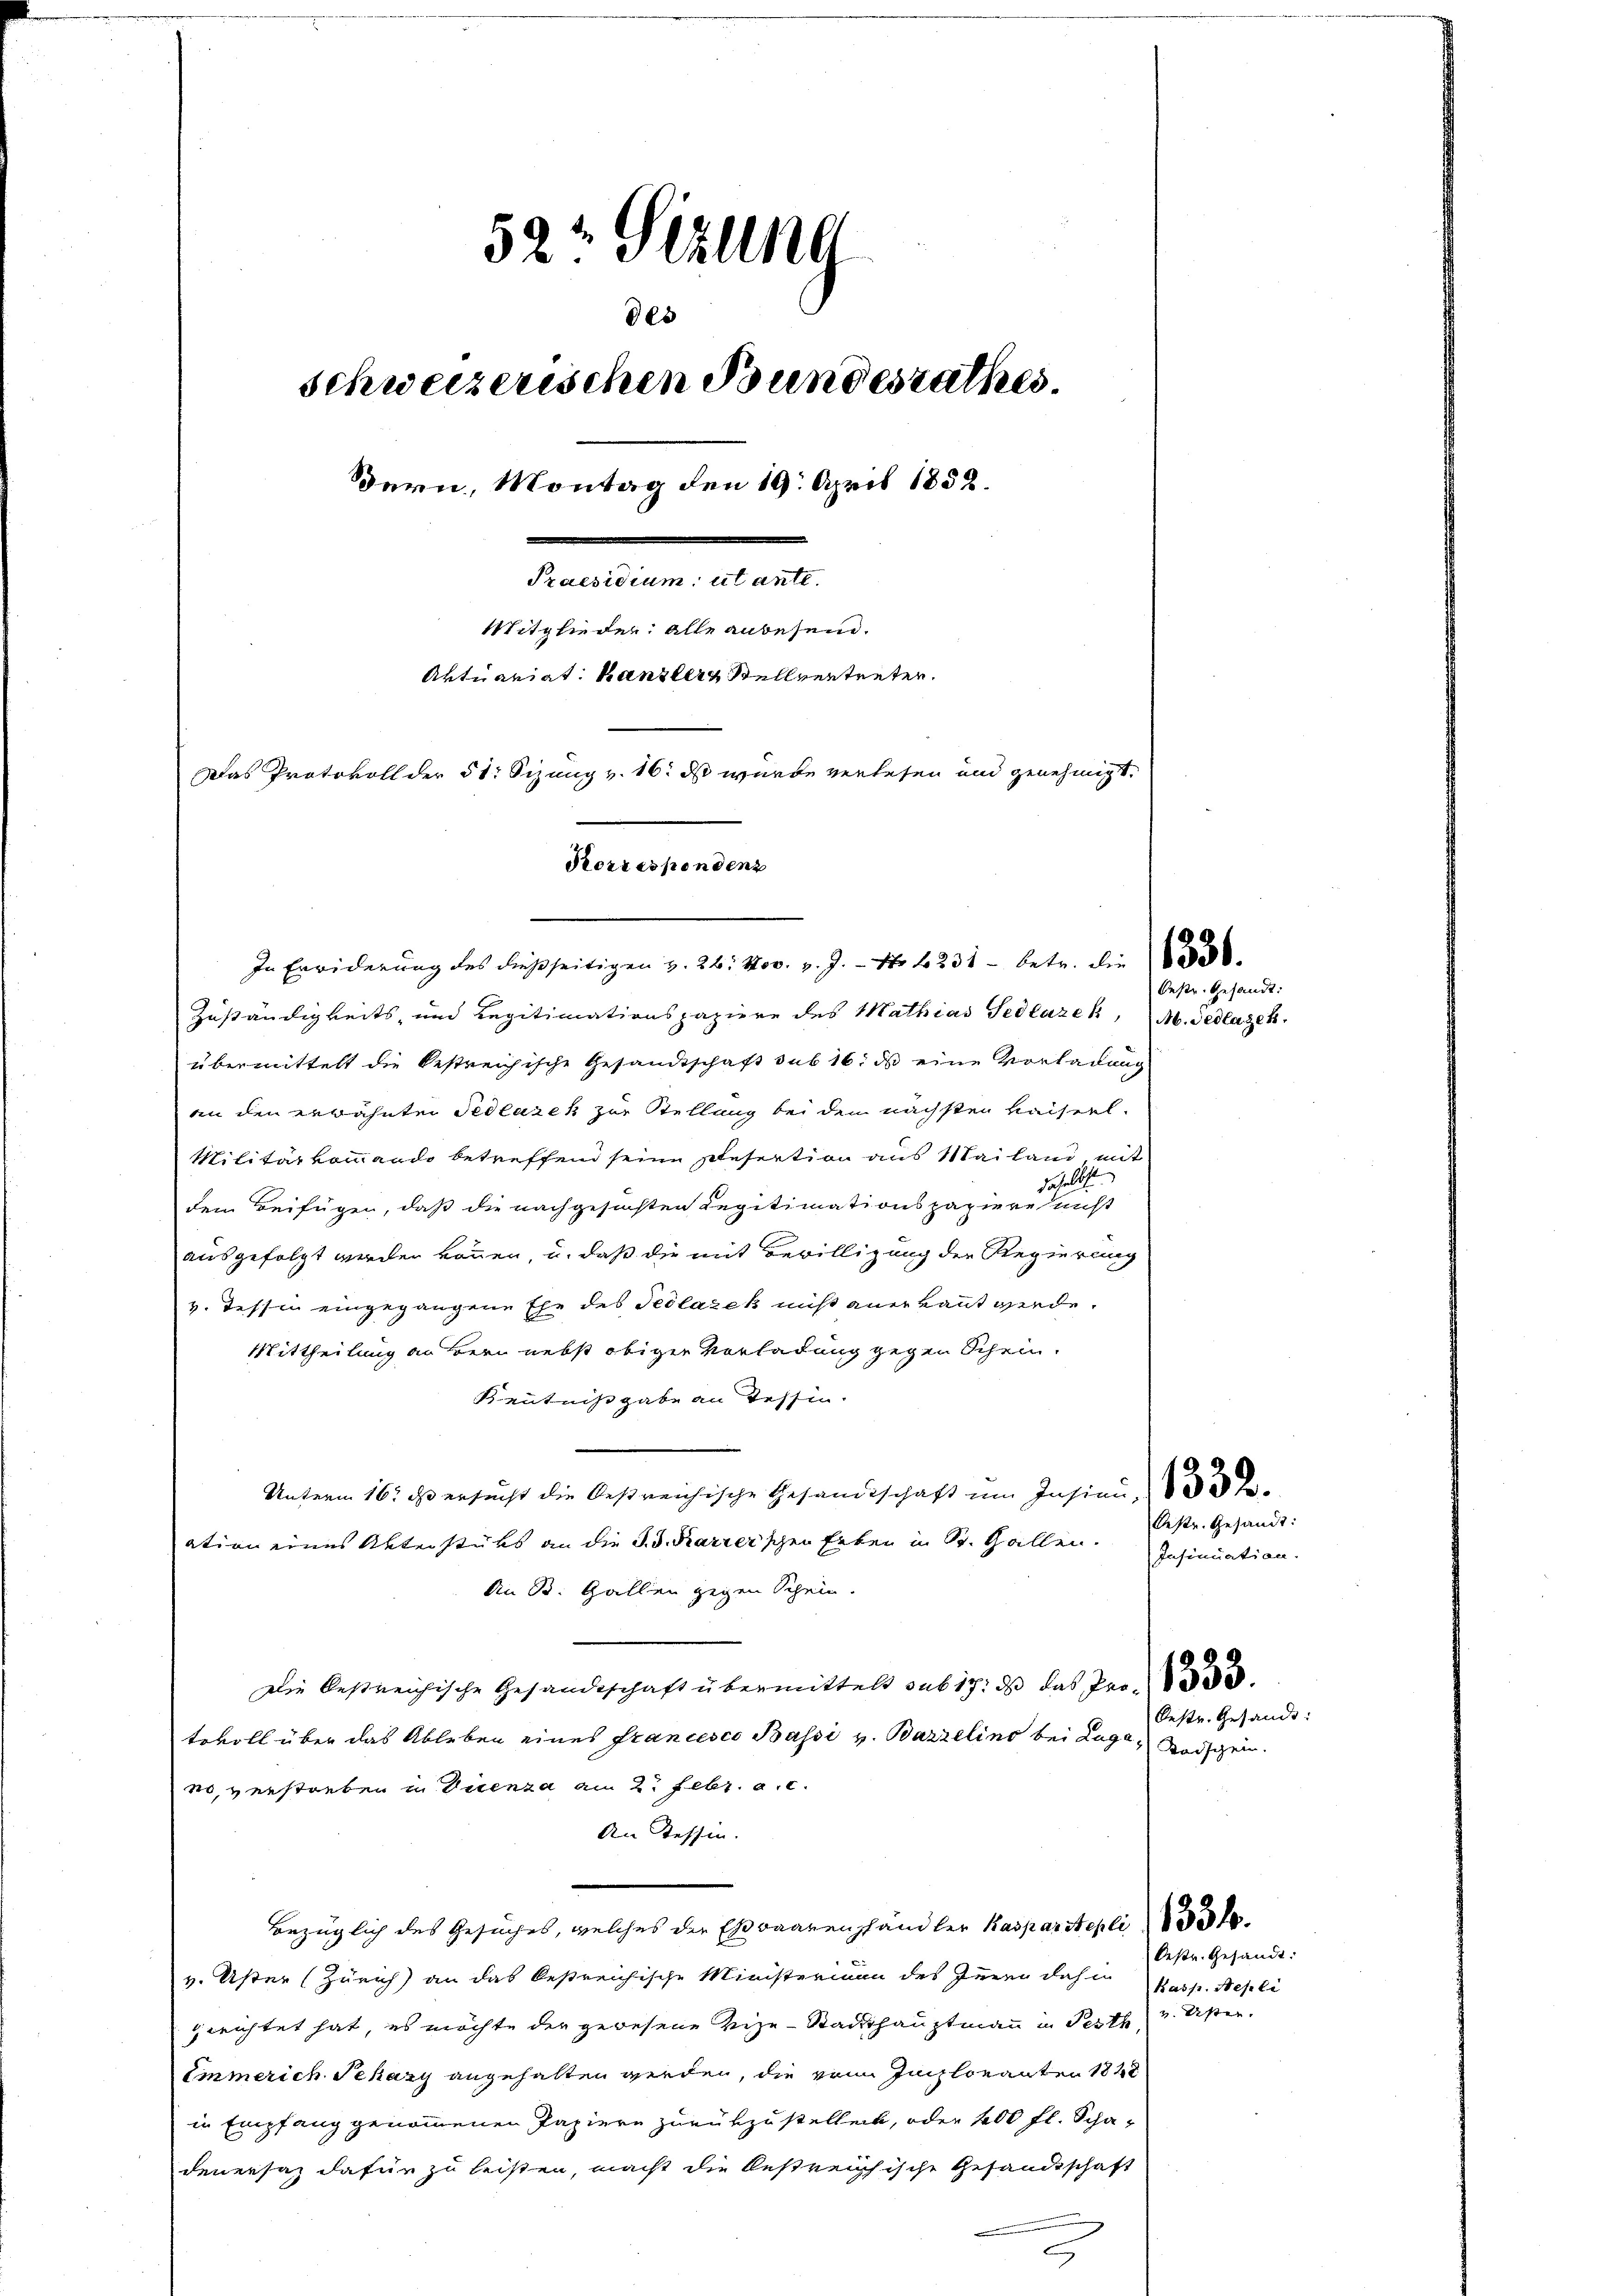
522 Stzung
des
schweizerischen Bundesrathes.
Dern, Montag den 19. April 1852.
Praesidium ut ante.
Mitglieder: alle anbesein.
Aktuariat Kanzler Stellvertreten.
Das Protokoll der 51. Sizung v. 16. ds wurde verlesen und genehmigt.
Korrespondenz

Zuständigkeits- und Legitimationspapiere des Mathias Sedlazek, M. Pedlagen.
übermittelt die bestreichische Gesandtschaft sub 16. ds eine Vorladung
an den erwähnten Fedlarek zur Stellung bei den nächsten Kaiserl.
Militärkommando betreffend seine Resertion aus Mailand mit
dehelicht
dem Beifügen, daß die nachgesuchten Legitimationspaziere nicht
ausgefolgt werden können, u. daß die mit Bewilligung der Regierung
v. Tessin eingegangene Ehe des Tedlazek nicht anerkannt werde.
Mittheilung an Bern nebst obiger Vorladung gegen Schein.
Kentnißgabe an Tessin.
Unterm 16. ds ersucht die Oestreichische Gesandtschaft um Insinu
ation eines Unterstüks an die S. Karrerschen Erben in St. Gallen.
An B. Gallen gegen Schein.
Die bestreichische Gesandtschaft übermittelt sub 17. ds das Pro
tokoll über das Ableben eines Francesco Bassi v. Bazzelins bei Lage, Beischein.
no, verstorben u. Vuenza am 2. Febr. a. c.
An Tessin.
Bezüglich des Gesuches, welches der Es baarenhandler Kaspar Steplit
v. Uster (Zürich) an das bestreichische Ministerium des Inner dahin Kasp. Nepli
gerichtet hat, es möchte der gewesene Vize-Stadthauptmann in Pesth
Emmerich Schazy angehalten werden, die von Imploranten 1828
in Empfang genommenen Papiere zurükzustellen, oder 400 fl. Scha-
denersaz dafür zu leisten, macht die bestreichische Gesandtschaft

In Erwiderung des dießseitigen v. 26. Nov. v. J. - No 1231 - betr. die

Oestr. Gesandt:

Oestr. Gesandt:
Insinuation.

Oestr. Gesandt:

Oestr. Gesandt:
v. Uster.